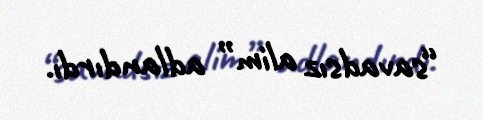
“savadsız alim” adlandırdı.